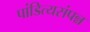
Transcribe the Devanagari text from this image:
पांडित्यसंपन्न